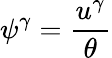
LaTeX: \psi^{\gamma}=\frac{u^{\gamma}}{\theta}